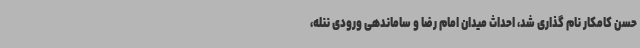
حسن کامکار نام گذاری شد، احداث میدان امام رضا و ساماندهی ورودی ننله،